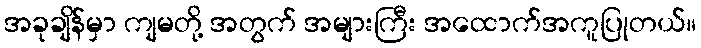
အခုချိန်မှာ ကျမတို့ အတွက် အများကြီး အထောက်အကူပြုတယ်။